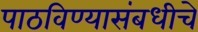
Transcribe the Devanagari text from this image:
पाठविण्यासंबधीचे